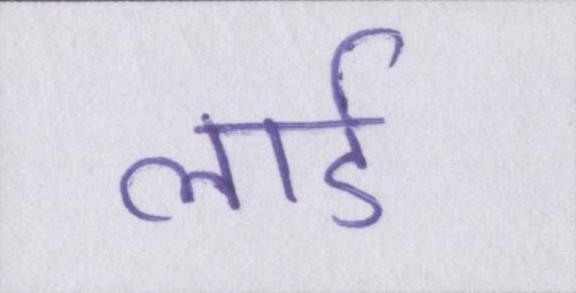
लार्ड